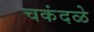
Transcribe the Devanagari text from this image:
चकंदळे